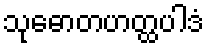
သုဓောတဟတ္ထပါဒံ